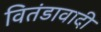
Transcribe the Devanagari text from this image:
वितंडावादी